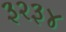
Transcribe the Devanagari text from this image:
३२३४